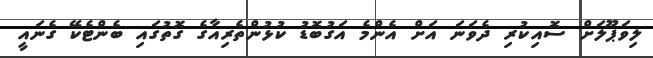
ލިވަޕޫލަށް ސޮއިކުރި ދެވަނަ އަށް އެންމެ އަގުބޮޑު ކުޅުންތެރިއާގެ ގޮތުގައި ބެންޓެކޭ ގެނައީ